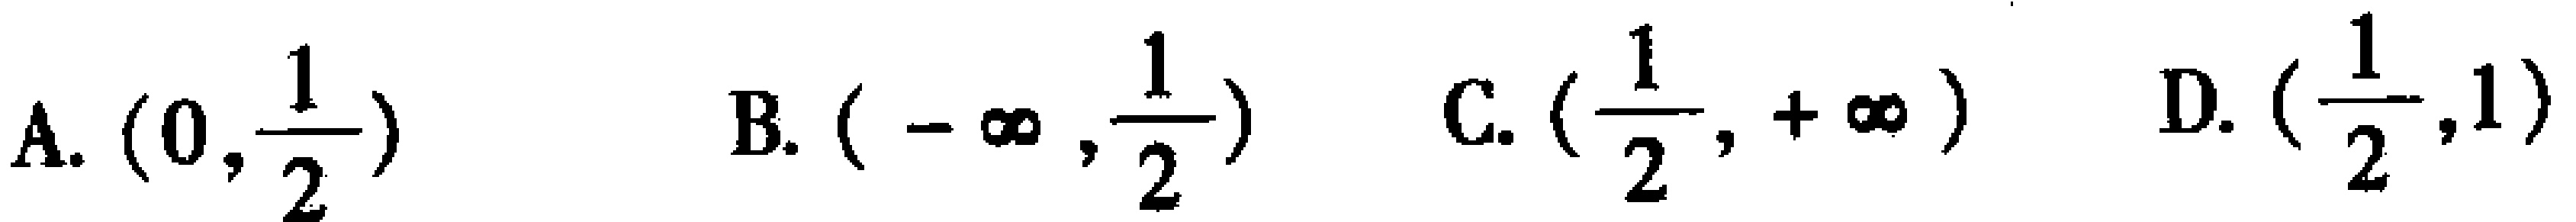
A. \((0,\frac{1}{2})\)  B. \((-\infty,\frac{1}{2})\)  C. \((\frac{1}{2},+\infty)\)  D. \((\frac{1}{2},1)\)